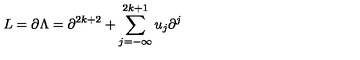
L = \partial \Lambda = \partial ^ { 2 k + 2 } + \sum _ { j = - \infty } ^ { 2 k + 1 } u _ { j } \partial ^ { j }